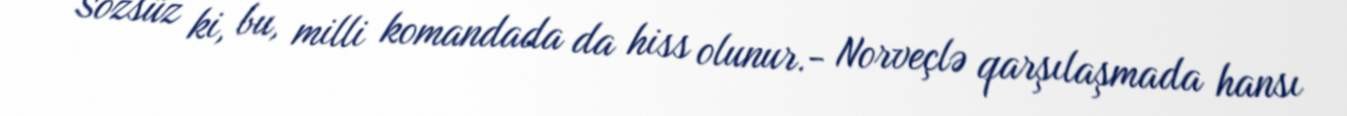
Sözsüz ki, bu, milli komandada da hiss olunur.- Norveçlə qarşılaşmada hansı